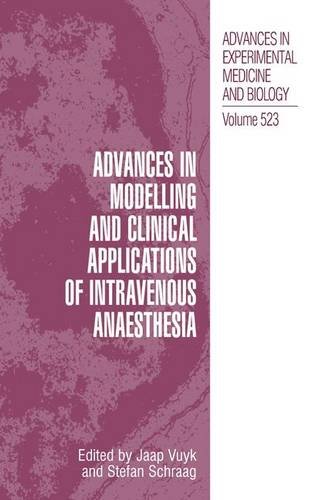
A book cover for Advances in Modelling and Clinical Application of Intravenous Anaesthesia (Advances in Experimental Medicine and Biology); Medical Books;